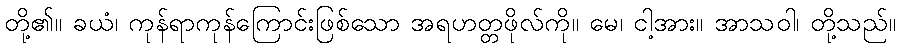
တို့၏။ ခယံ၊ ကုန်ရာကုန်ကြောင်းဖြစ်သော အရဟတ္တဖိုလ်ကို။ မေ၊ ငါ့အား။ အာသဝါ၊ တို့သည်။